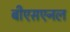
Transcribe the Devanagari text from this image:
बीएसएनल